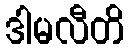
ဒါမလီတိ